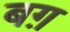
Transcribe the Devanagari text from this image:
बग़